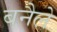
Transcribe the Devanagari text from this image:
बनैले